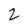
Character: 2